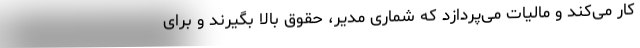
کار می‌کند و مالیات می‌پردازد که شماری مدیر، حقوق بالا بگیرند و برای